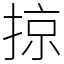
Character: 掠